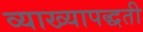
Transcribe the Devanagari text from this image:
व्याख्यापद्धती